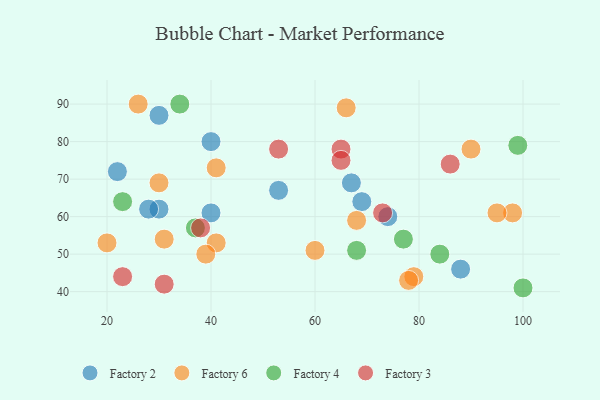
{"axis": {"x": "GDP", "y": "Life Expectancy"}, "legend": ["Factory 2", "Factory 3", "Factory 4", "Factory 6"], "data": [{"x": "69", "y": 64, "type": "Factory 2"}, {"x": "53", "y": 67, "type": "Factory 2"}, {"x": "40", "y": 61, "type": "Factory 2"}, {"x": "30", "y": 87, "type": "Factory 2"}, {"x": "74", "y": 60, "type": "Factory 2"}, {"x": "30", "y": 62, "type": "Factory 2"}, {"x": "88", "y": 46, "type": "Factory 2"}, {"x": "40", "y": 80, "type": "Factory 2"}, {"x": "22", "y": 72, "type": "Factory 2"}, {"x": "67", "y": 69, "type": "Factory 2"}, {"x": "28", "y": 62, "type": "Factory 2"}, {"x": "26", "y": 90, "type": "Factory 6"}, {"x": "20", "y": 53, "type": "Factory 6"}, {"x": "98", "y": 61, "type": "Factory 6"}, {"x": "79", "y": 44, "type": "Factory 6"}, {"x": "41", "y": 53, "type": "Factory 6"}, {"x": "31", "y": 54, "type": "Factory 6"}, {"x": "30", "y": 69, "type": "Factory 6"}, {"x": "60", "y": 51, "type": "Factory 6"}, {"x": "90", "y": 78, "type": "Factory 6"}, {"x": "95", "y": 61, "type": "Factory 6"}, {"x": "39", "y": 50, "type": "Factory 6"}, {"x": "68", "y": 59, "type": "Factory 6"}, {"x": "41", "y": 73, "type": "Factory 6"}, {"x": "66", "y": 89, "type": "Factory 6"}, {"x": "78", "y": 43, "type": "Factory 6"}, {"x": "34", "y": 90, "type": "Factory 4"}, {"x": "84", "y": 50, "type": "Factory 4"}, {"x": "99", "y": 79, "type": "Factory 4"}, {"x": "37", "y": 57, "type": "Factory 4"}, {"x": "100", "y": 41, "type": "Factory 4"}, {"x": "77", "y": 54, "type": "Factory 4"}, {"x": "23", "y": 64, "type": "Factory 4"}, {"x": "68", "y": 51, "type": "Factory 4"}, {"x": "53", "y": 78, "type": "Factory 3"}, {"x": "86", "y": 74, "type": "Factory 3"}, {"x": "73", "y": 61, "type": "Factory 3"}, {"x": "65", "y": 78, "type": "Factory 3"}, {"x": "38", "y": 57, "type": "Factory 3"}, {"x": "23", "y": 44, "type": "Factory 3"}, {"x": "31", "y": 42, "type": "Factory 3"}, {"x": "65", "y": 75, "type": "Factory 3"}]}